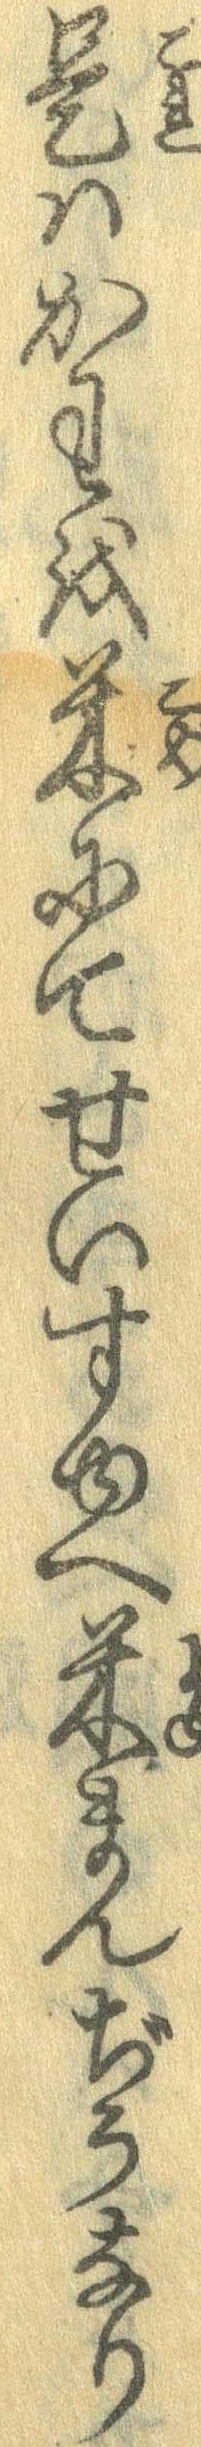
是はかわを米にてせいすゆへ米まんぢうなり